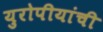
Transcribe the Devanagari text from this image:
युरोपीयांची